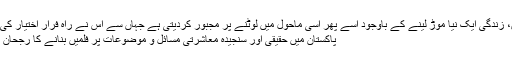
لیکن، زندگی ایک نیا موڑ لینے کے باوجود اسے پھر اسی ماحول میں لوٹنے پر مجبور کردیتی ہے جہاں سے اس نے راہ فرار اختیار کی تھی
پاکستان میں حقیقی اور سنجیدہ معاشرتی مسائل و موضوعات پر فلمیں بنانے کا رجحان نہیں۔